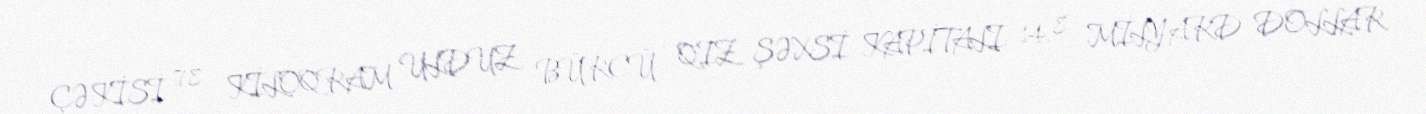
ÇƏKİSİ :78 KİLOQRAM ULDUZ BÜRCÜ : QIZ ŞƏXSİ KAPİTALI: 14, 8 MİLYARD DOLLAR